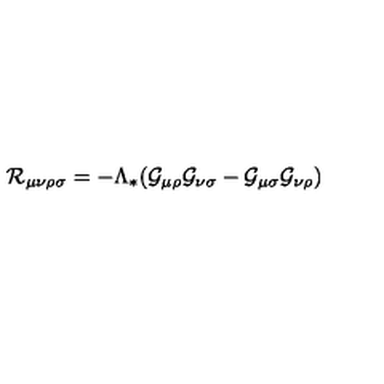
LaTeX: { \cal R } _ { \mu \nu \rho \sigma } = - \Lambda _ { * } ( { \cal G } _ { \mu \rho } { \cal G } _ { \nu \sigma } - { \cal G } _ { \mu \sigma } { \cal G } _ { \nu \rho } )